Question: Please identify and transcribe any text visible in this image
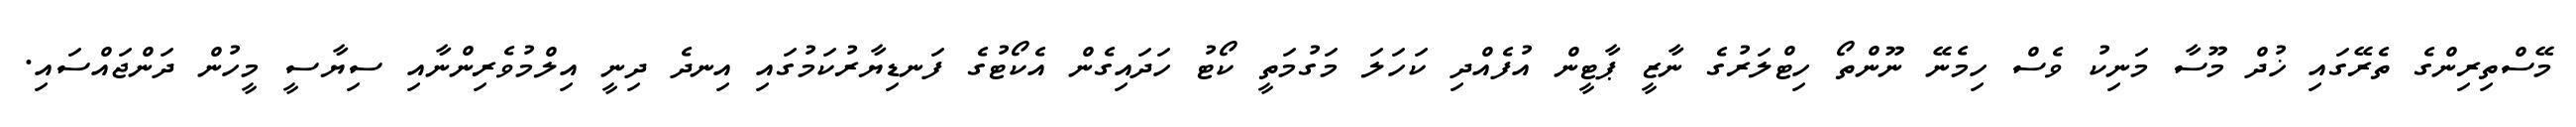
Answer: މޭސްތިރިންގެ ތެރޭގައި ޚުދް މޫސާ މަނިކު ވެސް ހިމެނޭ ނޫންތޯ ހިޓްލަރުގެ ނާޒީ ޕާޓީން އުފެއްދި ކަހަލަ މަގުމަތީ ކޯޓު ހަދައިގެން އެކޯޓުގެ ފަނޑިޔާރުކަމުގައި އިނދެ ދިނީ އިލްމުވެރިންނާއި ސިޔާސީ މީހުން ދަންޖައްސައި.